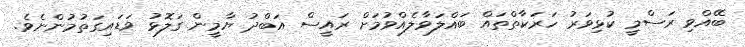
ބޭއްވި ރަސްމީ ކުޅިވަރު ހަރަކާތްތައް ބައްލަވާލެއްވުމަށް ރައީސް އަބްދު ޔާމީން ގަލޮޅު ވަޑައިގަތުމުންނެވެ.